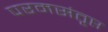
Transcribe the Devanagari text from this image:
परमसंतृप्त